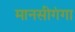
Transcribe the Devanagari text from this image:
मानसीगंगा